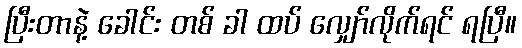
ပြီးတာနဲ့ ခေါင်း တစ် ခါ ထပ် လျှော်လိုက်ရင် ရပြီ။